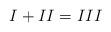
LaTeX: \begin{align*} I + II = III\end{align*}